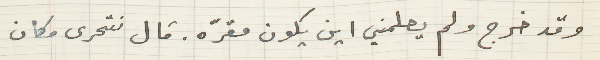
وقد خرج ولم يعلمني اين يكون مقرّه. قال نتحرى مكان